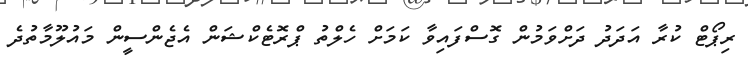
ރިޕޯޓް ކުރާ އަދަދު ދަށްވަމުން ގޮސްފައިވާ ކަމަށް ހެލްތު ޕްރޮޓެކްޝަން އެޖެންސީން މައުލޫމާތުދެ